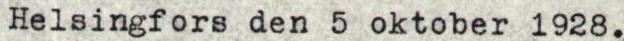
Helsingfors den 5 oktober 1928.